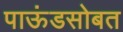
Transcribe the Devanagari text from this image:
पाऊंडसोबत